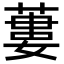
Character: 蔞